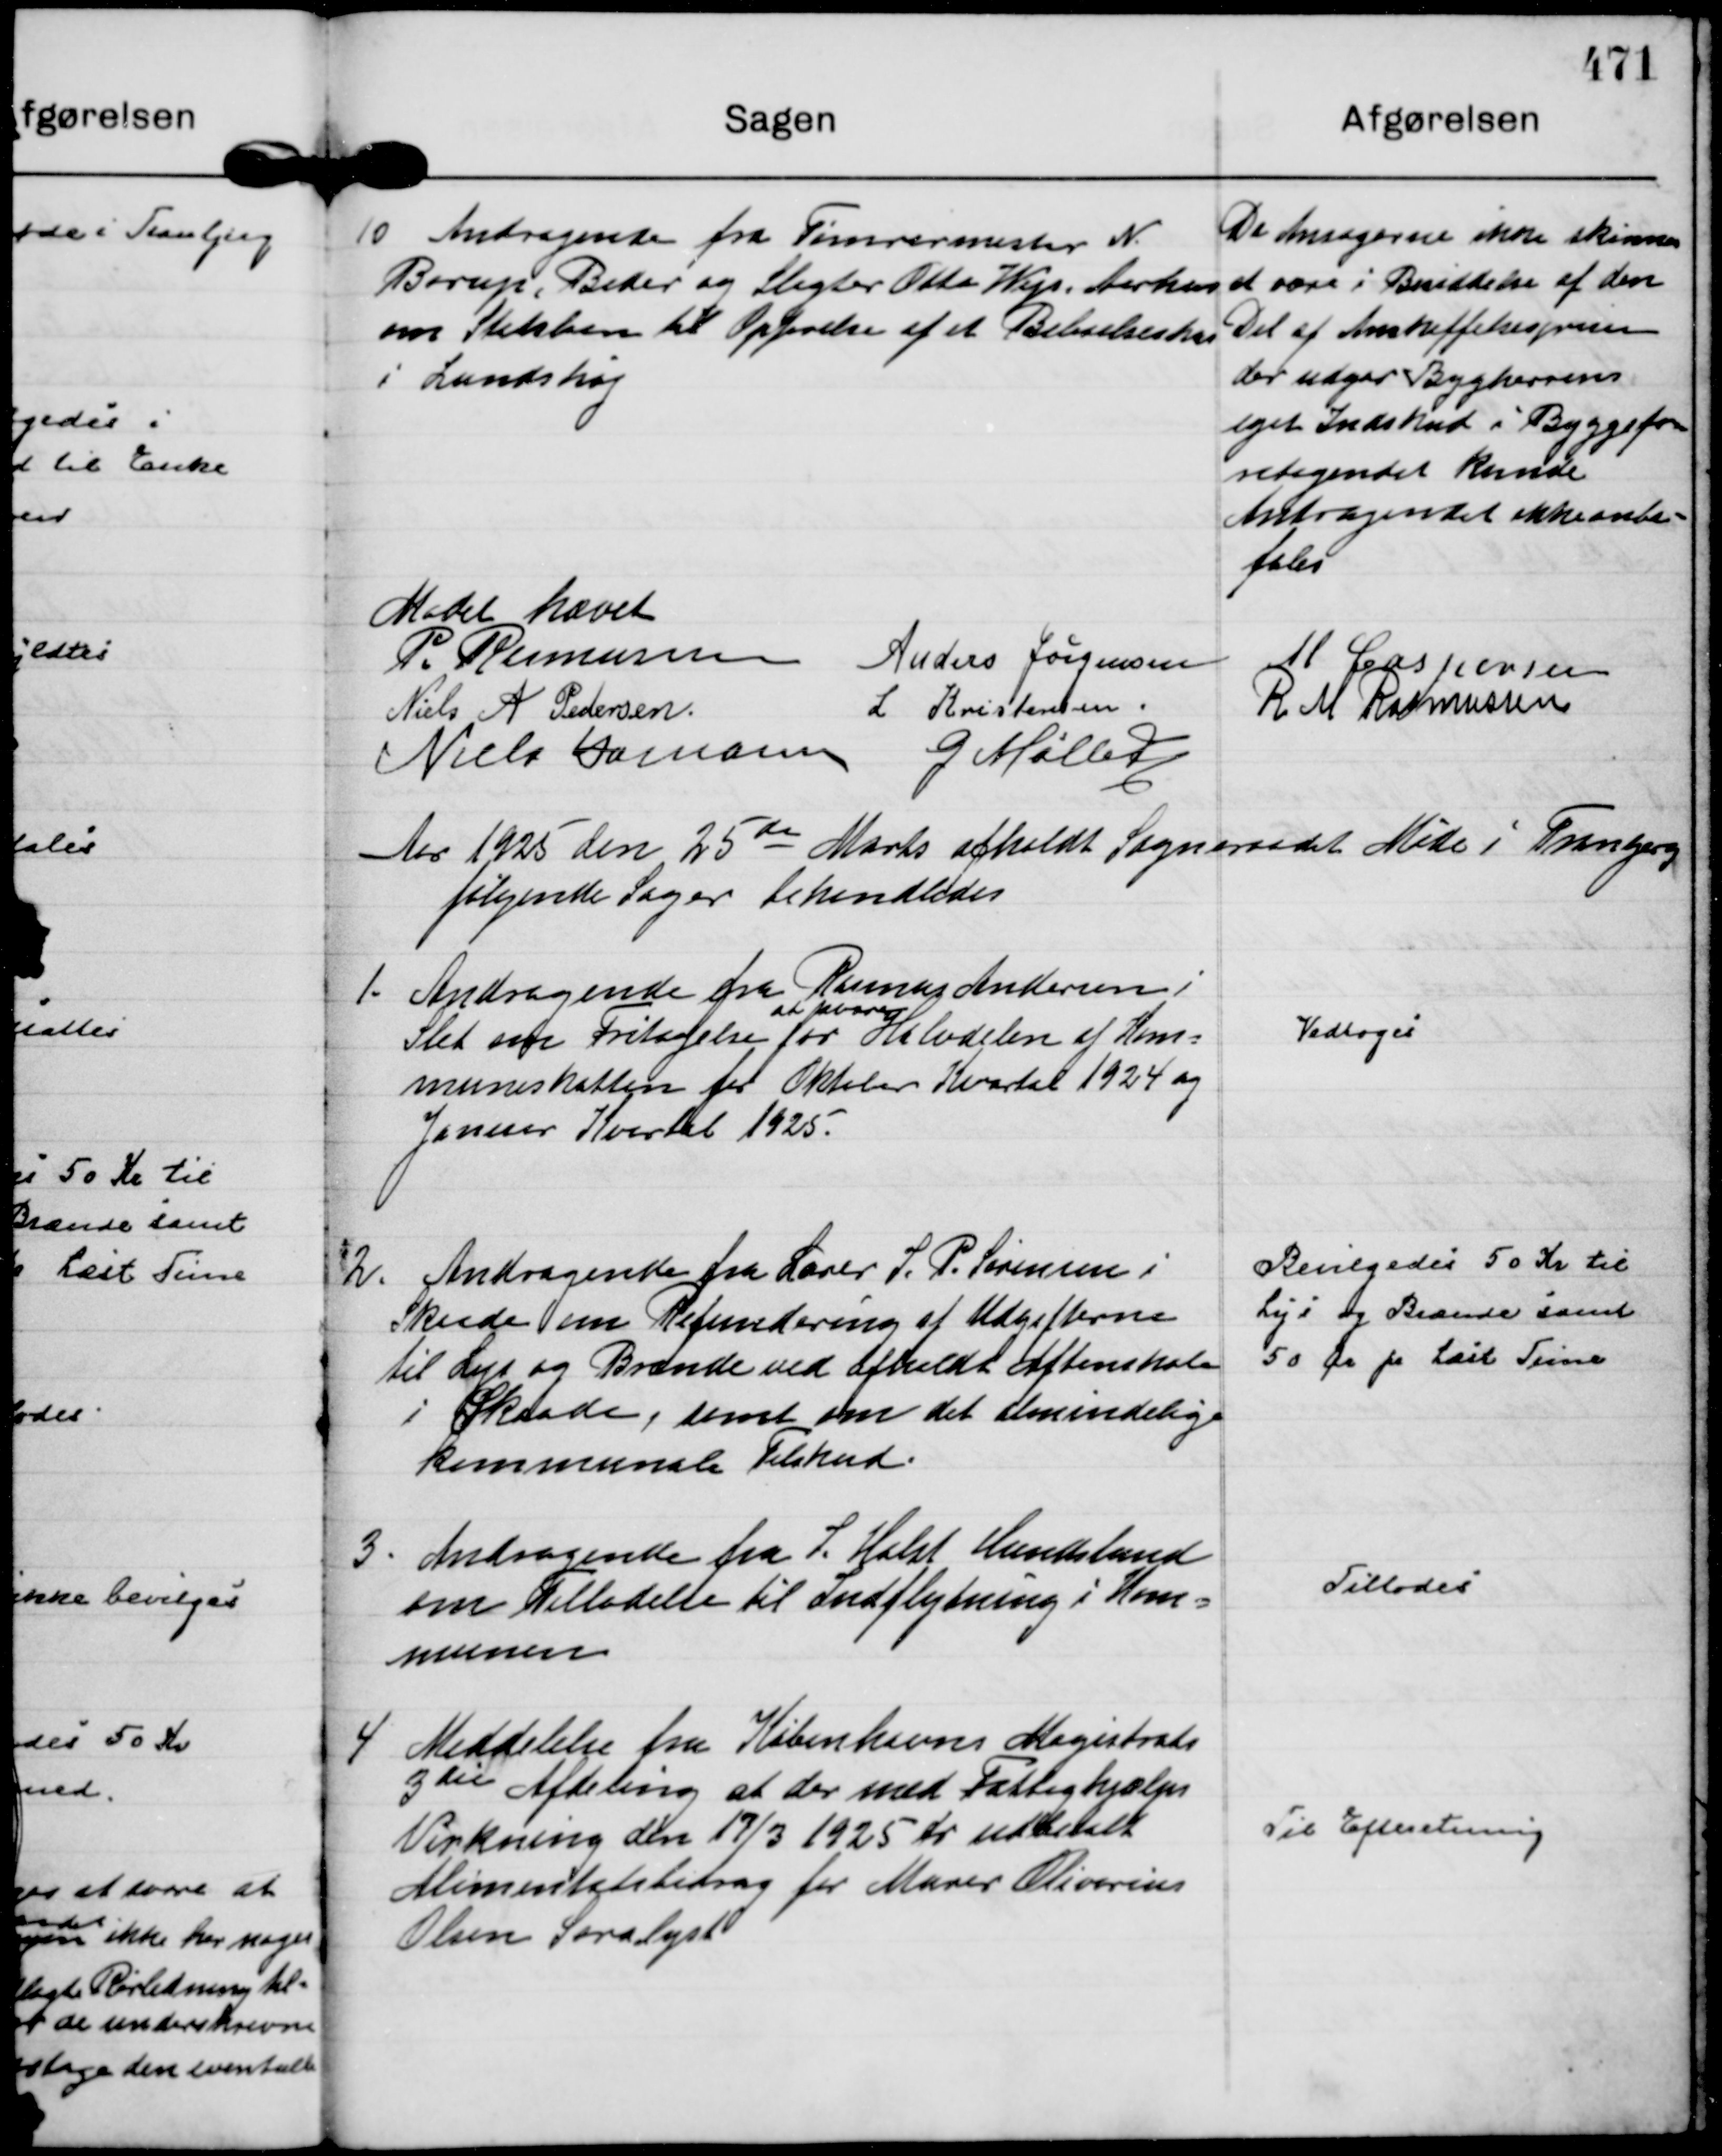
Transskription:
10
Andragende fra Tømrermester N.
Borup, Beder og Slagter Otto Wejs, Aarhus
om Statslaan til Opførelse af et Beboelseshus
i Lundshøj

Da Andragerne ikke skønnes
at være i Besiddelse af den
Del af Anskaffelsesprisen
der udgør Bygherrens
eget Indskud i Byggefo=
retagendet kunde
Andragendet ikke anbe=
fales

Mødet hævet
P. Rasmussen
Anders Jørgensen
M Caspersen
Niels A Pedersen.
L Kristensen.
R M Rasmussen
Niels Hamann
G Møller

Aar 1925 den 25 de Marts afholdt Sogneraadet Møde i Tranbjerg 
følgende Sager behandledes

1.
Andragende fra Rasmus Andersen i
Slet om Fritagelse for 
at svare
Halvdelen af Kom=
muneskatten for Oktober Kvartal 1924 og
Januar Kvartal 1925.

Vedtoges

2.
Andragende fra Lærer S. P. Sørensen i
Skaade om Refundering af Udgifterne
til Lys og Brænde ved afholdt Aftenskole
i Skaade, samt om det almindelige
kommunale Tilskud.

Bevilgedes 50 Kr til
Lys og Brænde samt
50 Ør pr Læst Time

3.
Andragende fra S. Holst Hundslund
om Tilladelse til Indflytning i Kom=
munen

Tillodes

4
Meddelelse fra Københavns Magistrats
3 die Afdeling at der med Fattighjælps
Virkning den 17/3 1925 er udbetalt
Alimentatsbidrag for Murer Olivarius
Olsen Saralyst

Til Efteretning